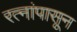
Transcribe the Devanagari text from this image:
रत्‍नांपासून